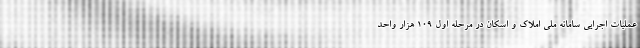
عملیات اجرایی سامانه ملی املاک و اسکان در مرحله اول ۱۰۹ هزار واحد